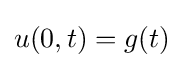
u(0,t)=g(t)